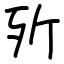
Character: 歽